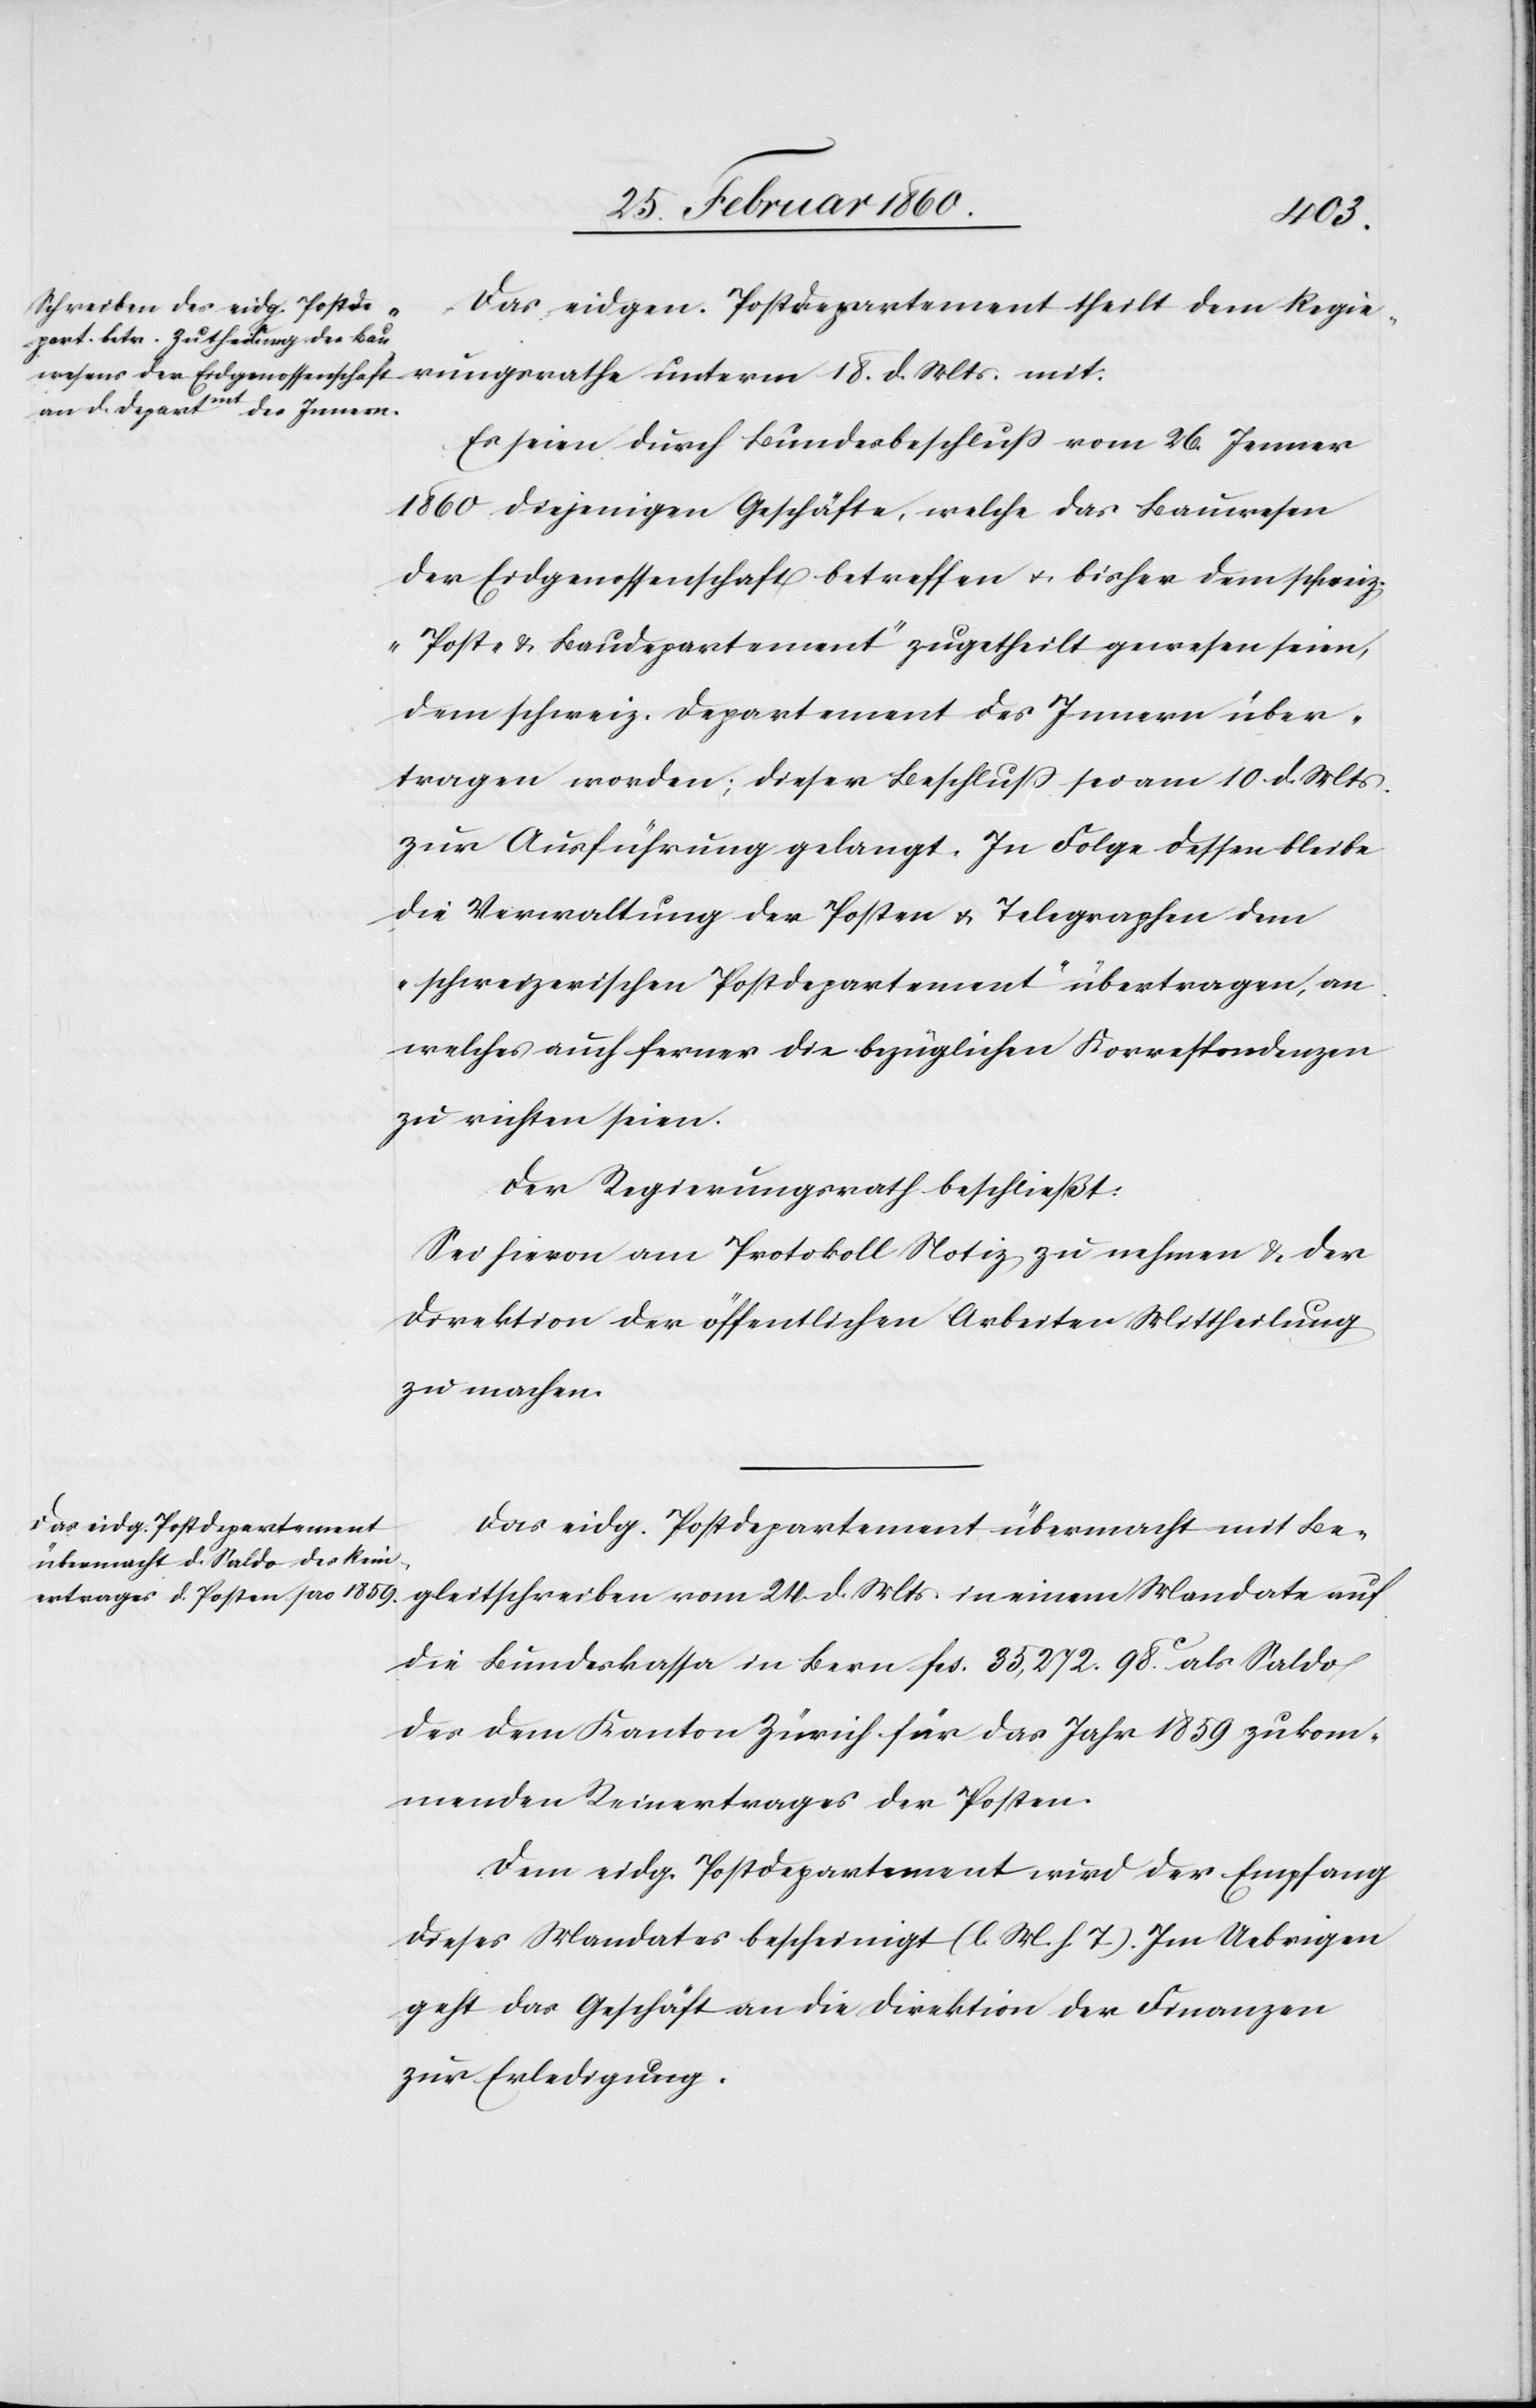
Das eidgen. Postdepartement theilt dem Regie¬
rungsrathe unterm 18. d. Mts. mit.
Es seien durch Bundesbeschluss vom 26. Jenner
1860 diejenigen Geschäfte, welche das Bauwesen
der Eidgenossenschaft betreffen u. bisher dem schweiz.
„Post u. Baudepartement“ zugetheilt gewesen seien,
dem schweiz. Departement des Innern über¬
tragen worden; dieser Beschluss sei am 10. d. Mts.
zur Ausführung gelangt. In Folge dessen bleibe
die Verwaltung der Posten u. Telegraphen dem
„schweizerischen Postdepartement“ übertragen, an
welches auch ferner die bezüglichen Korrespondenzen
zu richten seien.
Der Regierungsrath beschließt:
Sei hievon am Protokoll Notiz zu nehmen u. der
Direktion der öffentlichen Arbeiten Mittheilung
zu machen.
Das eidg. Postdepartement übermacht mit Be¬
gleitschreiben vom 24. d. Mts. in einem Mandate auf
die Bundeskassa in Bern fcs. 35,272. 98.C als Saldo
des dem Kanton Zürich für das Jahr 1859 zukom¬
menden Reinertrages der Posten.
Dem eidg. Postdepartement wird der Empfang
dieses Mandates bescheinigt [l. M. h. T]. Im Uebrigen
geht das Geschäft an die Direktion der Finanzen
zur Erledigung.